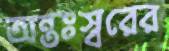
অন্তঃস্বরের